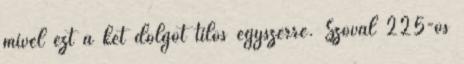
mivel ezt a két dolgot tilos egyszerre. Szóval 225-ös